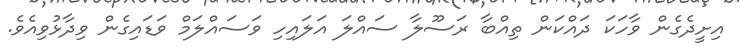
އިށީދެގެން ވާހަކަ ދައްކަން ތިއްބާ ރަސޫލާ ސައްލަ އަލައިހި ވަސައްލަމް ވަޑައިގެން ވިދާޅުވިއެވެ.